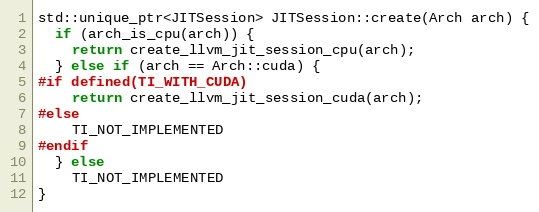
Language: C++
std::unique_ptr<JITSession> JITSession::create(Arch arch) {
  if (arch_is_cpu(arch)) {
    return create_llvm_jit_session_cpu(arch);
  } else if (arch == Arch::cuda) {
#if defined(TI_WITH_CUDA)
    return create_llvm_jit_session_cuda(arch);
#else
    TI_NOT_IMPLEMENTED
#endif
  } else
    TI_NOT_IMPLEMENTED
}